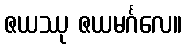
ဇယဿု ဇယမင်္ဂလေ။